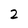
Character: 2